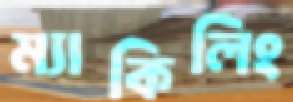
ম্যাকিলিং